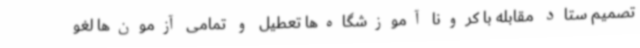
تصمیم ستاد مقابله با کرونا آموزشگاه‌ها تعطیل و تمامی آزمون‌ها لغو